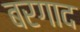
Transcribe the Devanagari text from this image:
बरगाद